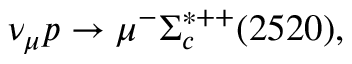
\nu _ { \mu } p \rightarrow \mu ^ { - } \Sigma _ { c } ^ { * + + } ( 2 5 2 0 ) ,